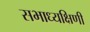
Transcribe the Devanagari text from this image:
सभाध्यक्षिणी